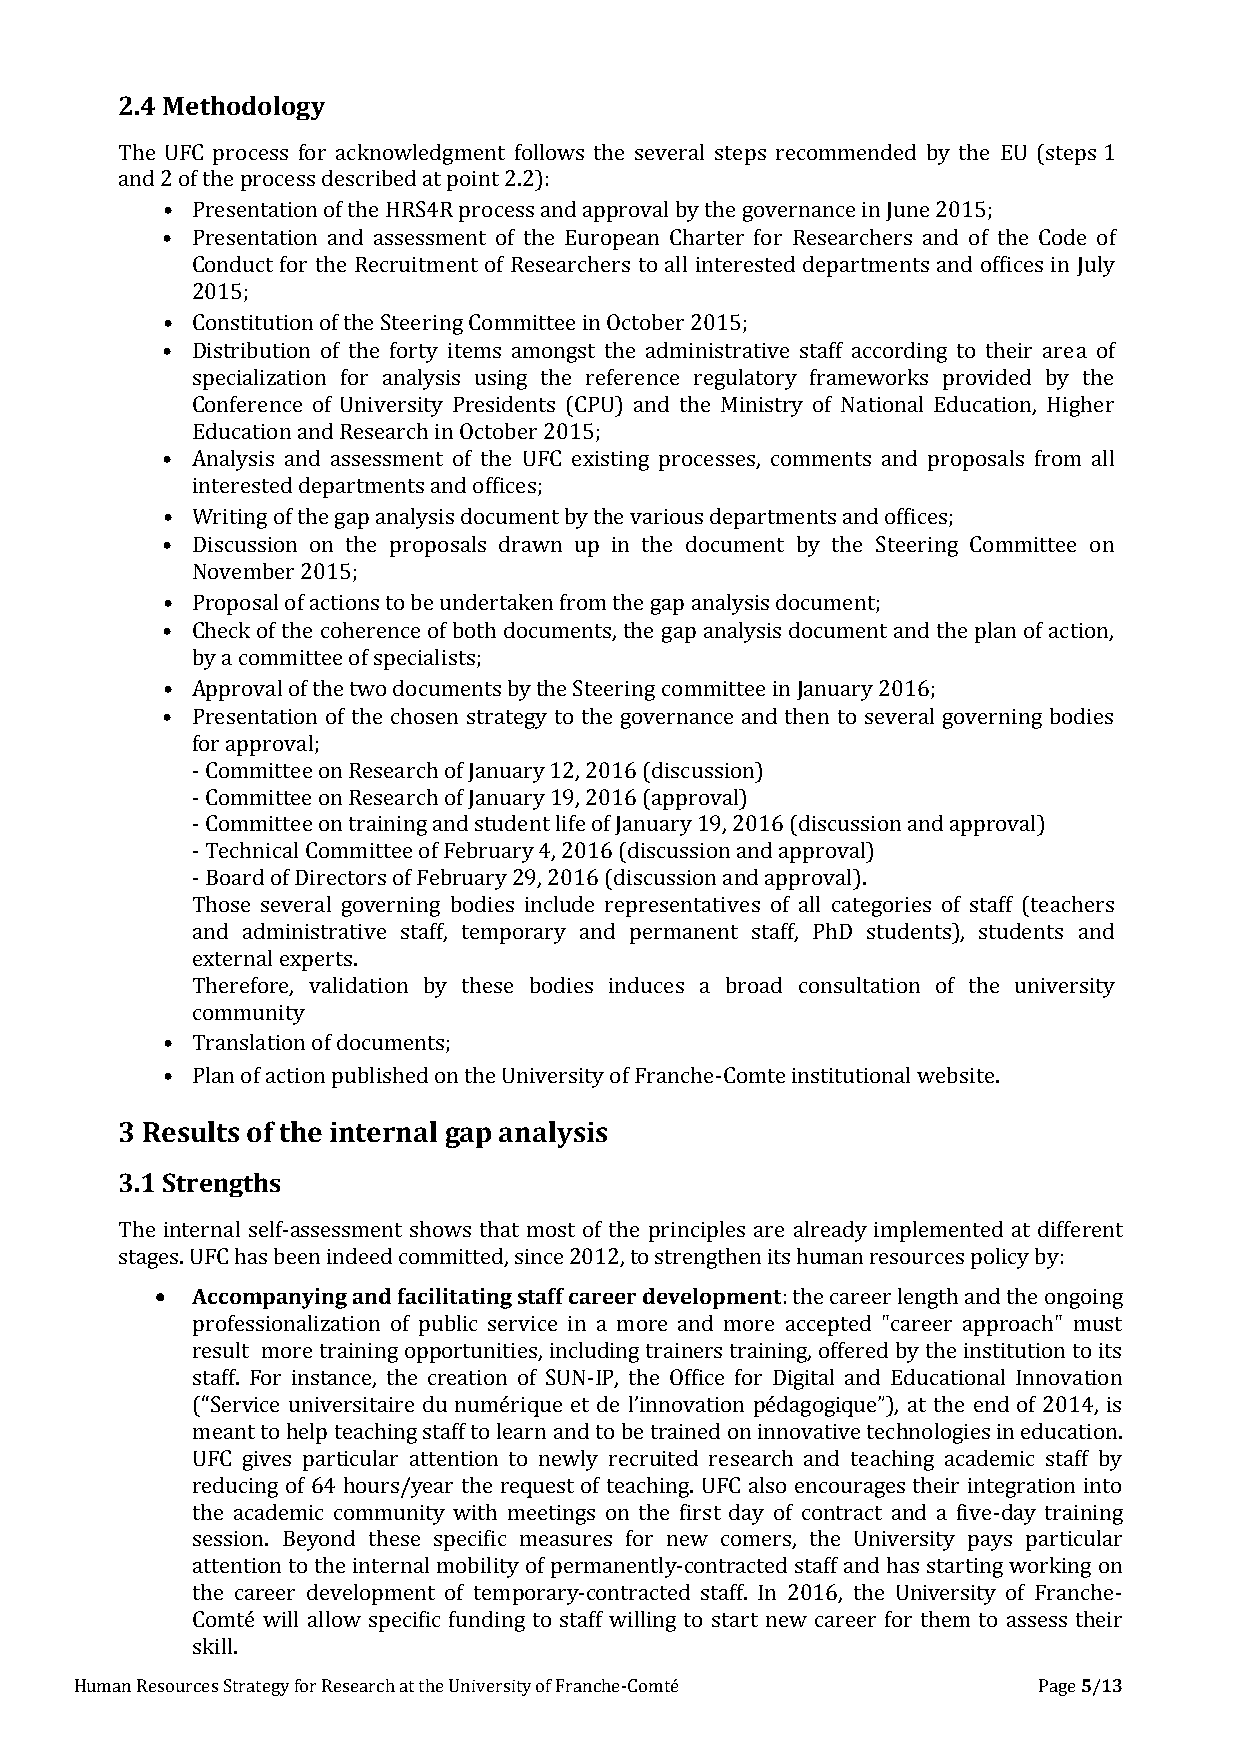
2.4 Methodology
 The UFC process for acknowledgment follows the several steps recommended by the EU (steps 1
 and 2 of the process described at point 2.2):
 • Presentation of the HRS4R process and approval by the governance in June 2015;
 • Presentation and assessment of the European Charter for Researchers and of the Code of
 Conduct for the Recruitment of Researchers to all interested departments and offices in July
 2015;
 • Constitution of the Steering Committee in October 2015;
 • Distribution of the forty items amongst the administrative staff according to their area of
 specialization for analysis using the reference regulatory frameworks provided by the
 Conference of University Presidents (CPU) and the Ministry of National Education, Higher
 Education and Research in October 2015;
 • Analysis and assessment of the UFC existing processes, comments and proposals from all
 interested departments and offices;
 • Writing of the gap analysis document by the various departments and offices;
 • Discussion on the proposals drawn up in the document by the Steering Committee on
 November 2015;
 • Proposal of actions to be undertaken from the gap analysis document;
 • Check of the coherence of both documents, the gap analysis document and the plan of action,
 by a committee of specialists;
 • Approval of the two documents by the Steering committee in January 2016;
 • Presentation of the chosen strategy to the governance and then to several governing bodies
 for approval;
 - Committee on Research of January 12, 2016 (discussion)
 - Committee on Research of January 19, 2016 (approval)
 - Committee on training and student life of January 19, 2016 (discussion and approval)
 - Technical Committee of February 4, 2016 (discussion and approval)
 - Board of Directors of February 29, 2016 (discussion and approval).
 Those several governing bodies include representatives of all categories of staff (teachers
 and administrative staff, temporary and permanent staff, PhD students), students and
 external experts.
 Therefore, validation by these bodies induces a broad consultation of the university
 community
 • Translation of documents;
 • Plan of action published on the University of Franche-Comte institutional website.
 3 Results of the internal gap analysis
 3.1 Strengths
 The internal self-assessment shows that most of the principles are already implemented at different
 stages. UFC has been indeed committed, since 2012, to strengthen its human resources policy by:
   Accompanying and facilitating staff career development: the career length and the ongoing
 professionalization of public service in a more and more accepted "career approach" must
 result more training opportunities, including trainers training, offered by the institution to its
 staff. For instance, the creation of SUN-IP, the Office for Digital and Educational Innovation
 (“Service universitaire du numérique et de l’innovation pédagogique”), at the end of 2014, is
 meant to help teaching staff to learn and to be trained on innovative technologies in education.
 UFC gives particular attention to newly recruited research and teaching academic staff by
 reducing of 64 hours/year the request of teaching. UFC also encourages their integration into
 the academic community with meetings on the first day of contract and a five-day training
 session. Beyond these specific measures for new comers, the University pays particular
 attention to the internal mobility of permanently-contracted staff and has starting working on
 the career development of temporary-contracted staff. In 2016, the University of Franche-
 Comté will allow specific funding to staff willing to start new career for them to assess their
 skill.
 Human Resources Strategy for Research at the University of Franche-Comté Page 5/13